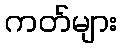
ကတ်များ